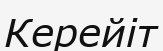
Керейіт